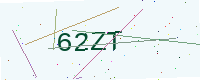
Text: 62ZT